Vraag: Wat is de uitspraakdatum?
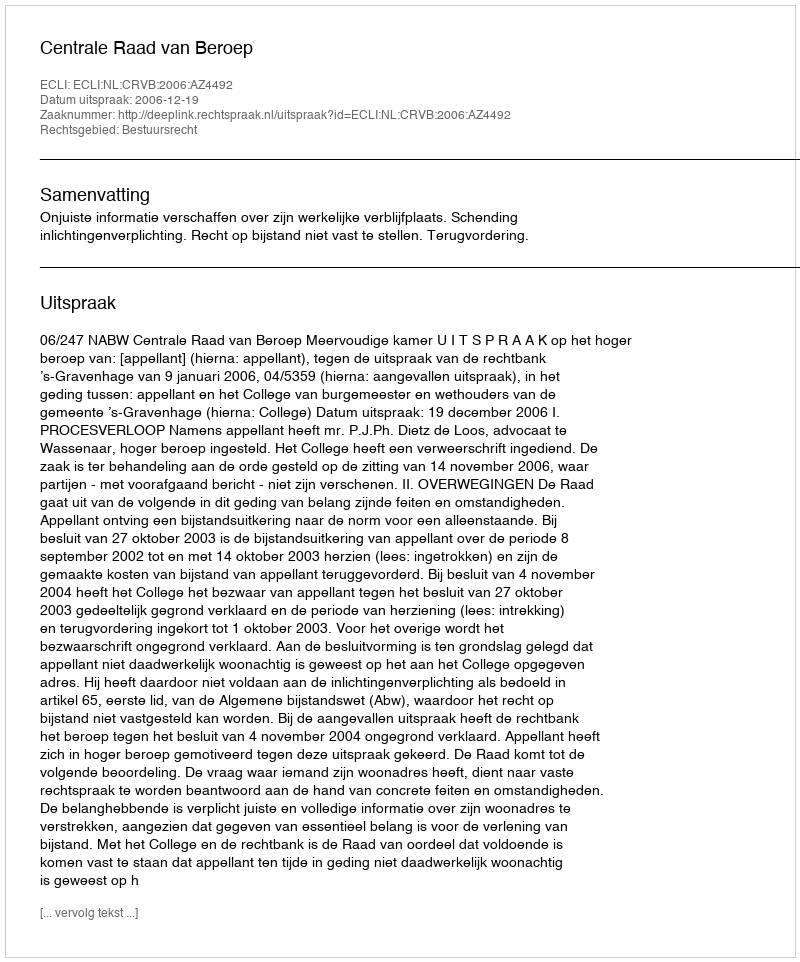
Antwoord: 2006-12-19